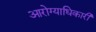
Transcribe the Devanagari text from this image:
आरोग्याधिकारी